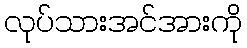
လုပ်သားအင်အားကို